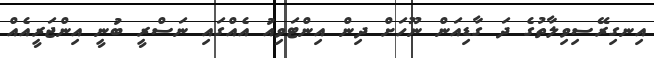
އިނގިރޭސިވިލާތުގެ ދަ ގާޑިއަން ނޫހަށް ދިން އިންޓަވިއު އެއްގައި ނަސްރީ ބުނީ އިންޖަރީއެއް